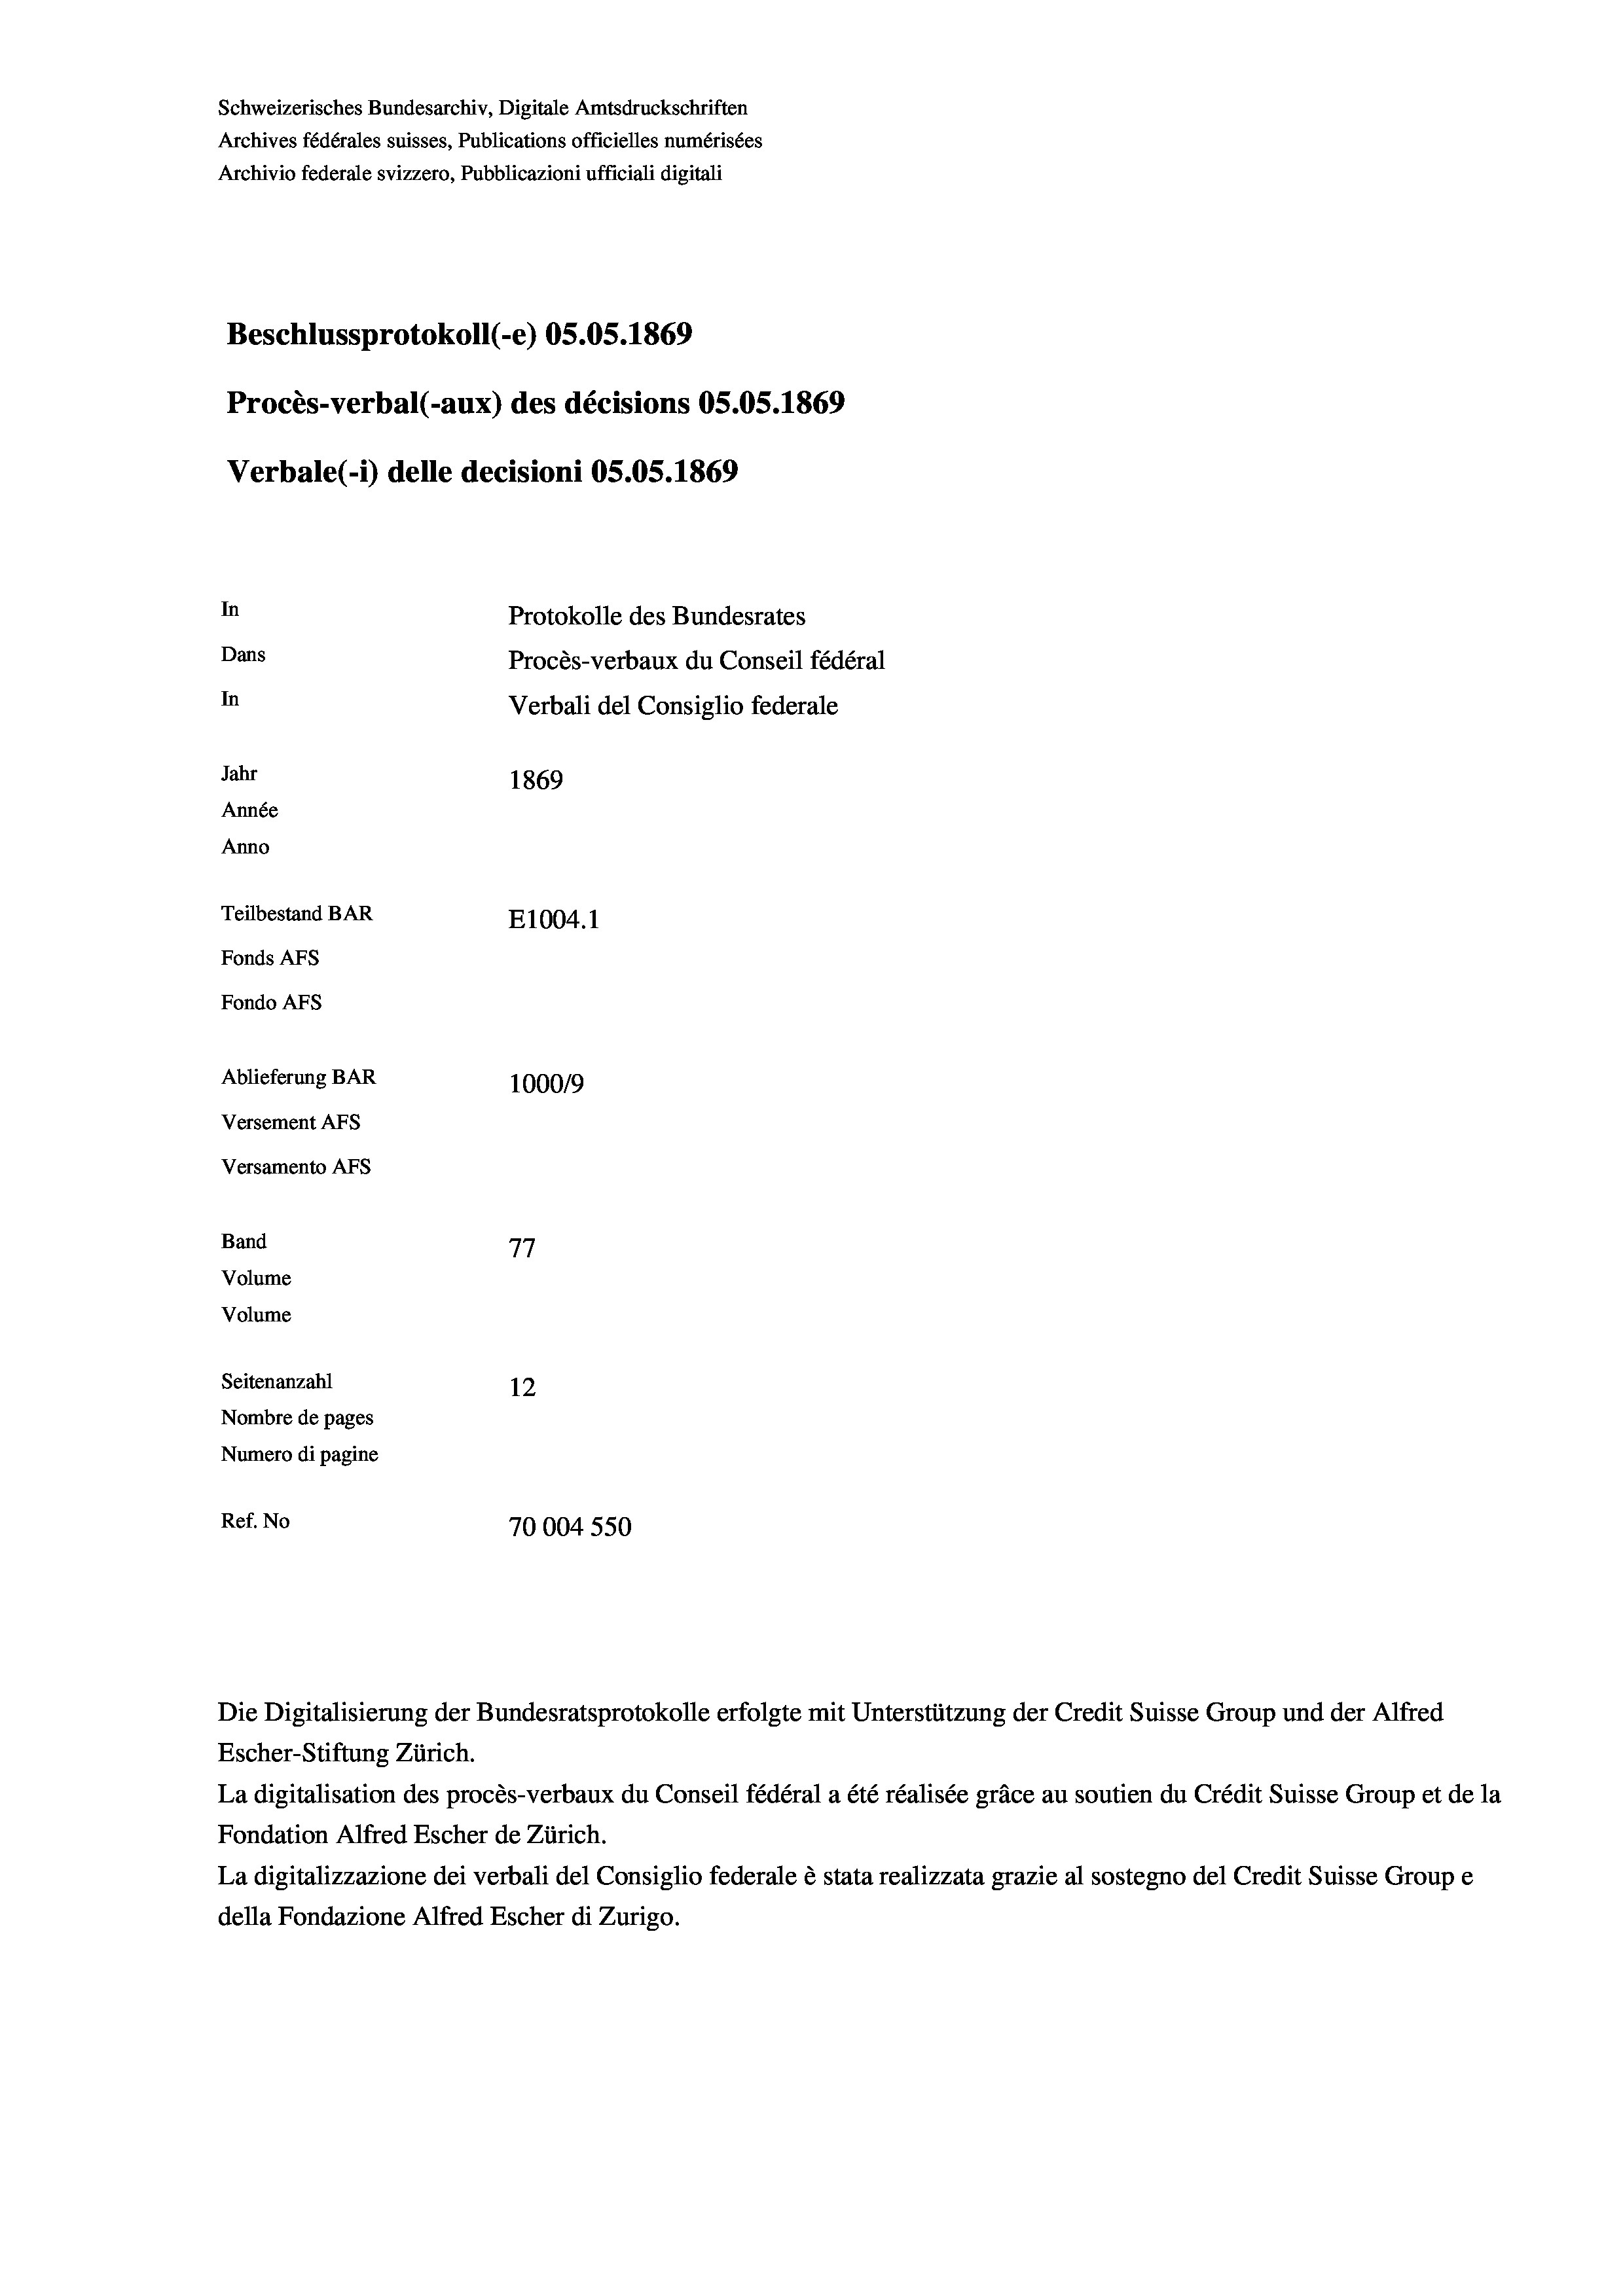
Schweizerisches Bundesarchiv, Digitale Amtsdruckschriften
Archives fédérales suisses, Publications officielles numérisées
Archivio federale svizzero, Pubblicazioni ufficiali digitali
Beschlussprotokoll (-e) OS.05. 1869
Procès-verbal (-aux) des décisions OS.OS. 1869
Verbale (1) delle decisioni OS.OS. 1869
In
Protokolle des Bundesrates
Dans
Procès-verbaux du Conseil fédéral
In
Verbali del Consiglio federale
Jahr
1869
Année
Anno
Teilbestand BAR
E1004. 1
Fonds Afs
Fondo AFs
Ablieferung BAR
100019
Versement Abs
Versamento AFs
Band
77
Volume
Volume
Seitenanzahl
12
Nombre de pages
Numero di pagine
Ref. No
70004 550

Escher-Stiftung Zürich.
La digitalisation des procès-verbaux du Conseil fédéral a été réalisée gräce au soutien du Crédit Suisse Group et de la
Fondation Alfred Escher de Zürich.
La digitalizzazione dei verbali del Consiglio federale è stata realizzata grazie al sostegno del Credit Suisse Groupe
della Fondazione Alfred Escher di Zurigo.

Die Digitalisierung der Bundesratsprotokolle erfolgte mit Unterstützung der Credit Suisse Group und der Alfred